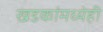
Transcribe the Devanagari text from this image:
खडकांमध्येही